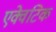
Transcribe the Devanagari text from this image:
एक्वेटिक